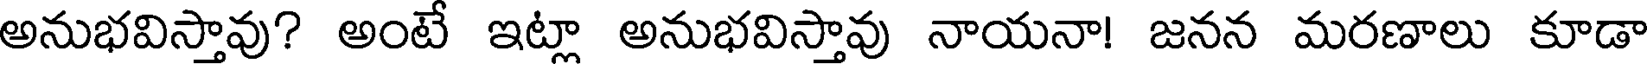
అనుభవిస్తావు? అంటే ఇట్లా అనుభవిస్తావు నాయనా! జనన మరణాలు కూడా